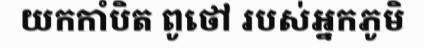
យកកាំបិត ពូថៅ របស់អ្នកភូមិ